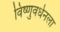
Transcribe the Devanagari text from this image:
विष्णुवर्धनला